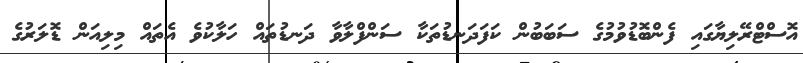
އޮސްޓްރޭލިޔާގައި ފެންބޮޑުވުމުގެ ސަބަބުން ކަފަދަނޑުތަކާ ސަންފްލާވާ ދަނޑުތައް ހަލާކުވެ އެތައް މިލިއަން ޑޮލަރުގެ